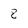
Character: 8